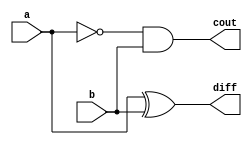
module half_subtractor_struct
( output cout,diff,
  input  a,b);
 

wire w;
 
xor x0(diff,a,b);
not n0(w,a);
and a0(cout,w,b);

endmodule